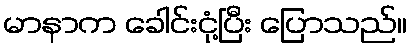
မာနာက ခေါင်းငုံ့ပြီး ပြောသည်။